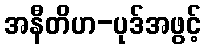
အနီတိဟ-ပုဒ်အဖွင့်